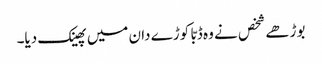
بوڑھے شخص نے وہ ڈبّا کوڑے دان میں پھینک دیا۔